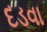
દડવા